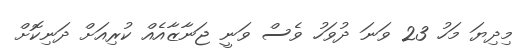
މިދިޔަ މަހު 23 ވަނަ ދުވަހު ވެސް ވަނީ ޖަނާޒާއެއް ކުރިއަށް ދަނިކޮށް